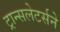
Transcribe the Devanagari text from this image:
ट्रान्सलेटर्सने